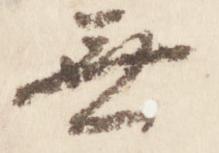
無